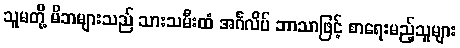
သူမတို့ မိဘများသည် သားသမီးထံ အင်္ဂလိပ် ဘာသာဖြင့် စာရေးမည့်သူများ